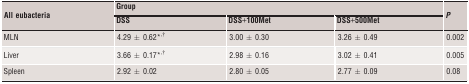
| <ROWSPAN=2> All eubacteria | <COLSPAN=3> Group | <ROWSPAN=2> P |
 | DSS | DSS+100Met | DSS+500Met |
 | --- | --- | --- | --- | --- |
 | MLN | 4.29 ± 0.62*,† | 3.00 ± 0.30 | 3.26 ± 0.49 | 0.002 |
 | Liver | 3.66 ± 0.17*,† | 2.98 ± 0.16 | 3.02 ± 0.41 | 0.005 |
 | Spleen | 2.92 ± 0.02 | 2.80 ± 0.05 | 2.77 ± 0.09 | 0.08 |